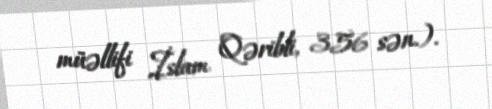
müəllifi İslam Qəribli, 356 sən.).